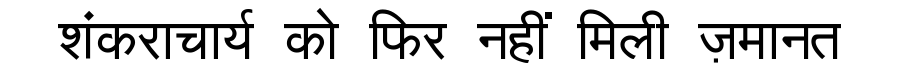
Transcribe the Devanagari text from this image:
शंकराचार्य को फिर नहीं मिली ज़मानत